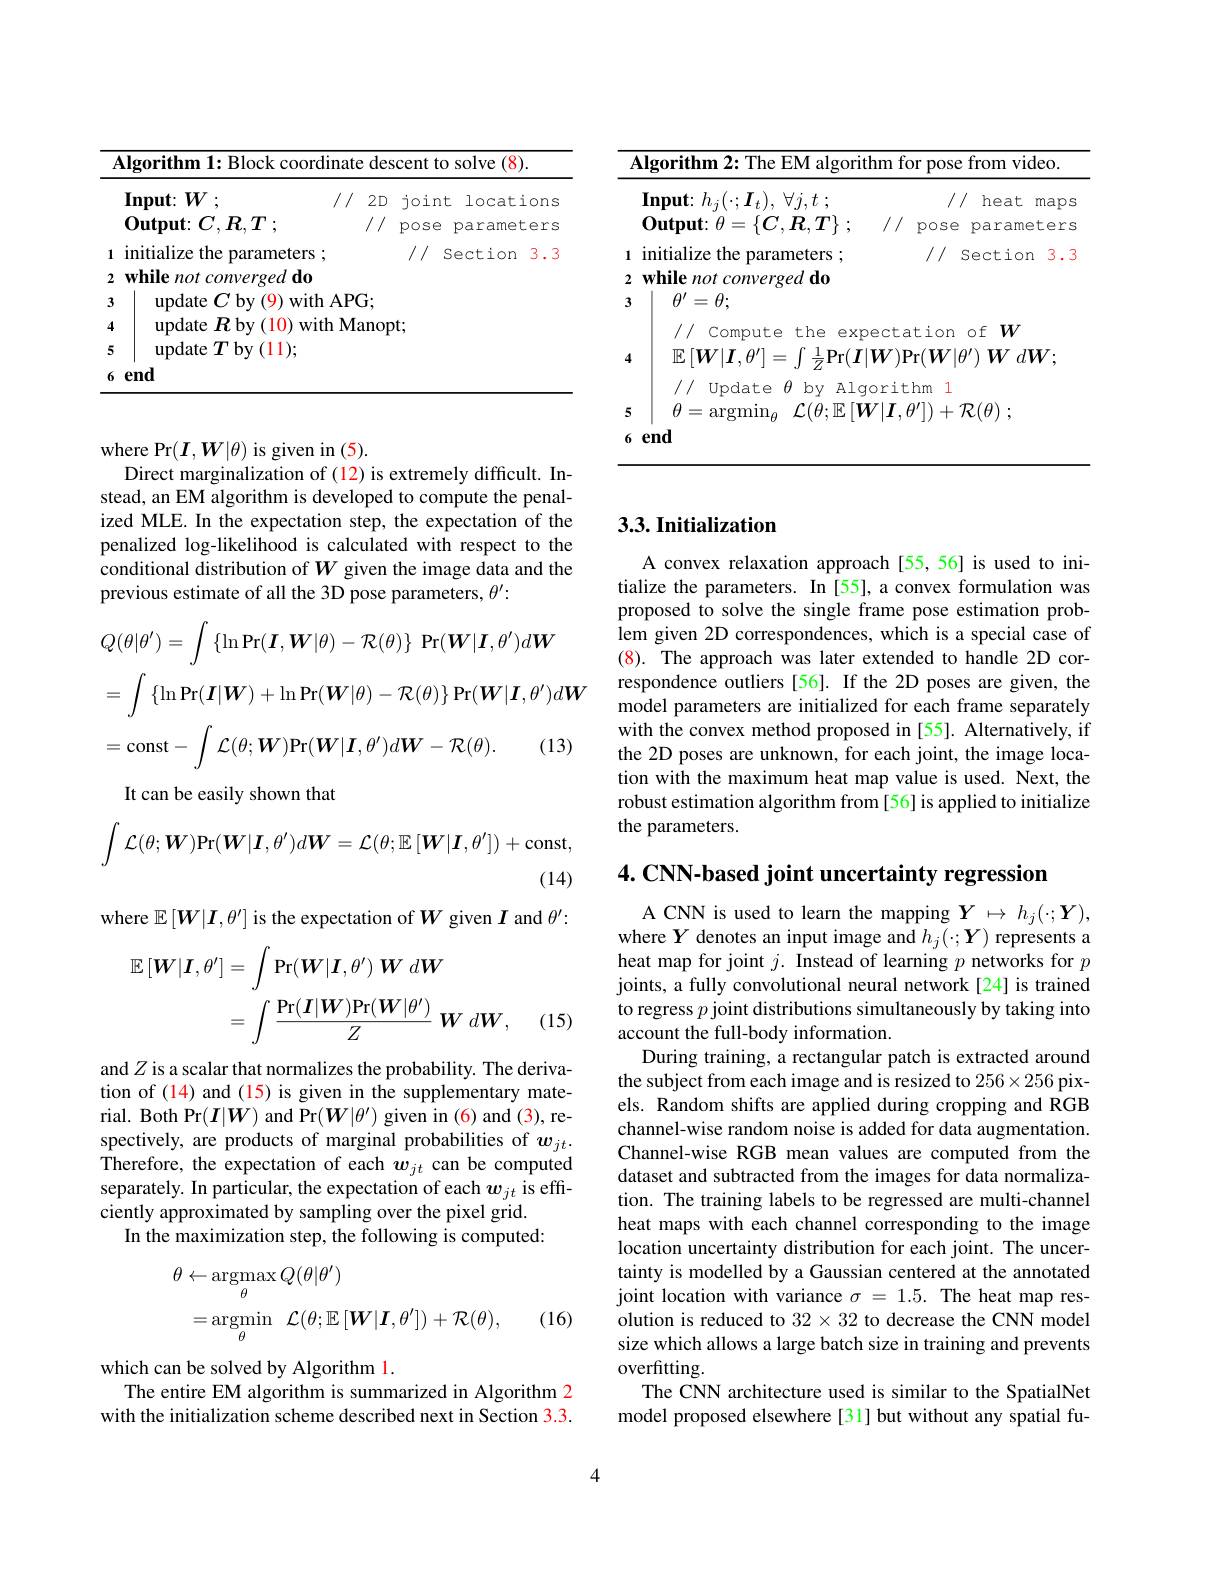
<table>
	<tbody>
		<tr>
			<th colspan="3">Algorithm 1: Block coordinate descent to solve (8).</th>
		</tr>
		<tr>
			<th> </th>
			<th>$\mathbf{Input}\colon$ $W:$ $I_{i}$</th>
			<th>joint locations</th>
		</tr>
		<tr>
			<td> </td>
			<td>$\mathbf{Output}\colon$ $C, R, T$ ;</td>
			<td>pose parameters</td>
		</tr>
		<tr>
			<td>1</td>
			<td>initialize the parameters ;</td>
			<td>/// Section 3</td>
		</tr>
		<tr>
			<td>2</td>
			<td>while not converged do</td>
			<td> </td>
		</tr>
		<tr>
			<td>3</td>
			<td>$\varepsilon C$by(9) with AF $\operatorname{update}$</td>
			<td> </td>
		</tr>
		<tr>
			<td>4</td>
			<td>${\mathrm{update~}}R$by(10) with M</td>
			<td>$)t;$</td>
		</tr>
		<tr>
			<td>5</td>
			<td>${\mathrm{update}}T$by(11);</td>
			<td> </td>
		</tr>
		<tr>
			<td>6</td>
			<td>end</td>
			<td> </td>
		</tr>
	</tbody>
</table>

where Pr$(\boldsymbol{I},\boldsymbol{W}|\theta)$ is given in (5).
Direct marginalization of (12) is extremely difficult. Instead, an EM algorithm is developed to compute the penalized MLE. In the expectation step, the expectation of the penalized log-likelihood is calculated with respect to the conditional distribution of $W$ given the image data and the previous estimate of all the 3D pose parameters, $\theta^\prime:$
$$\begin{aligned}&Q(\theta|\theta^{\prime})=\int\{\ln\Pr(\boldsymbol{I},\boldsymbol{W}|\theta)-\mathcal{R}(\theta)\}\:\Pr(\boldsymbol{W}|\boldsymbol{I},\theta^{\prime})d\boldsymbol{W}\\&=\int\{\ln\Pr(\boldsymbol{I}|\boldsymbol{W})+\ln\Pr(\boldsymbol{W}|\theta)-\mathcal{R}(\theta)\}\Pr(\boldsymbol{W}|\boldsymbol{I},\theta^{\prime})d\boldsymbol{W}\\&=\mathrm{const}-\int\mathcal{L}(\theta;\boldsymbol{W})\mathrm{Pr}(\boldsymbol{W}|\boldsymbol{I},\theta^{\prime})d\boldsymbol{W}-\mathcal{R}(\theta).\quad(13)\end{aligned}$$
It can be easily shown that
$$\int\mathcal{L}(\theta;\boldsymbol{W})\mathrm{Pr}(\boldsymbol{W}|\boldsymbol{I},\theta')d\boldsymbol{W}=\mathcal{L}(\theta;\mathbb{E}\left[\boldsymbol{W}|\boldsymbol{I},\theta'\right])+\mathrm{const},$$
(14)

where $\mathbb{E}\left[\boldsymbol{W}|\boldsymbol{I},\theta^{\prime}\right]$ is the expectation of $\boldsymbol W$ given $\boldsymbol I$ and $\theta^\prime:$
$$\begin{aligned}\mathbb{E}\left[\boldsymbol{W}|\boldsymbol{I},\theta^{\prime}\right]&=\int\Pr(\boldsymbol{W}|\boldsymbol{I},\theta^{\prime})\:\boldsymbol{W}\:d\boldsymbol{W}\\&=\int\frac{\Pr(\boldsymbol{I}|\boldsymbol{W})\Pr(\boldsymbol{W}|\theta^{\prime})}{Z}\:\boldsymbol{W}\:d\boldsymbol{W},\end{aligned}$$
(15)

and $Z$ is a scalar that normalizes the probability. The derivation of (14) and (15) is given in the supplementary material. Both Pr$(\boldsymbol I|\boldsymbol W)$ and Pr$(\boldsymbol W|\theta^{\prime})$ given in (6) and (3), respectively, are products of marginal probabilities of $w_{jt}.$ Therefore, the expectation of each $w_{jt}$ can be computed separately. In particular, the expectation of each $w_{jt}$ is effciently approximated by sampling over the pixel grid.
In the maximization step, the following is computed:
$$\begin{aligned}\theta&\leftarrow\operatorname*{argmax}_{\theta}Q(\theta|\theta^{\prime})\\&=\operatorname*{argmin}_{\theta}\:\mathcal{L}(\theta;\mathbb{E}\:[\boldsymbol{W}|\boldsymbol{I},\theta^{\prime}])+\mathcal{R}(\theta),\end{aligned}$$
(16)

which can be solved by Algorithm 1.
The entire EM algorithm is summarized in Algorithm 2 with the initialization scheme described next in Section 3.3.

<table>
	<tbody>
		<tr>
			<td>Algorithm 2: The EM algori</td>
			<td>$\hom$for pose from video.</td>
		</tr>
		<tr>
			<td>$\mathbf{Input: }$ $h_{j}( \cdot ; \boldsymbol{I}_{t}) $, $\forall j, t$ ;</td>
			<td>/// heat r maps</td>
		</tr>
		<tr>
			<td>$\mathbf{Output:\theta}$ $\theta=\{C$, $K.$ $,T\}$</td>
			<td>/// pose parameters</td>
		</tr>
		<tr>
			<td>initialize the parameters ;</td>
			<td>/// Section 3.7</td>
		</tr>
	</tbody>
</table>

## 3.3. Initialization

A convex relaxation approach[55,56] is used to initialize the parameters. In [55], a convex formulation was proposed to solve the single frame pose estimation problem given 2D correspondences, which is a special case of (8). The approach was later extended to handle 2D correspondence outliers[56]. If the 2D poses are given, the model parameters are initialized for each frame separately with the convex method proposed in [55]. Alternatively, if the 2D poses are unknown, for each joint, the image location with the maximum heat map value is used. Next, the robust estimation algorithm from [56] is applied to initialize the parameters.

4. CNN-based joint uncertainty regression

ACNN is used to learn the mapping $Y\mapsto h_j(\cdot;\boldsymbol{Y})$, where $Y$ denotes an input image and $h_j(\cdot;\boldsymbol{Y})$ represents a heat map for joint $j.$ Instead of learning $p$ networks for $p$ joints, a fully convolutional neural network[24] is trained to regress $p$ joint distributions simultaneously by taking into account the full-body information.
During training, a rectangular patch is extracted around the subject from each image and is resized to 256×256 pixels. Random shifts are applied during cropping and RGB channel-wise random noise is added for data augmentation. Channel-wise RGB mean values are computed from the dataset and subtracted from the images for data normalization. The training labels to be regressed are multi-channel heat maps with each channel corresponding to the image location uncertainty distribution for each joint. The uncertainty is modelled by a Gaussian centered at the annotated joint location with variance $\sigma=1.5.$ The heat map resolution is reduced to $32\times32$ to decrease the CNN model size which allows a large batch size in training and prevents overfitting.
The CNN architecture used is similar to the SpatialNet model proposed elsewhere[31] but without any spatial fu-

4